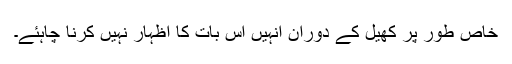
خاص طور پر کھیل کے دوران انہیں اس بات کا اظہار نہیں کرنا چاہئے۔